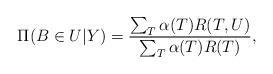
LaTeX: \begin{align*}\Pi(B\in U|Y) = \frac{\sum_T\alpha(T)R(T,U)}{\sum_T\alpha(T)R(T)},\end{align*}